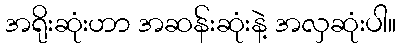
အရိုးဆုံးဟာ အဆန်းဆုံးနဲ့ အလှဆုံးပါ။